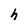
Character: h